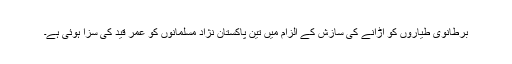
برطانوی طیاروں کو اڑانے کی سازش کے الزام میں تین پاکستان نژاد مسلمانوں کو عمر قید کی سزا ہوئی ہے۔